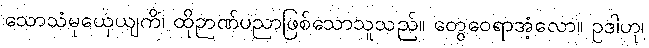
သောသံမုယှေယျကိံ၊ ထိုဉာဏ်ပညာဖြစ်သောသူသည်။ တွေဝေရာအံ့လော။ ဥဒါဟု၊